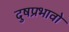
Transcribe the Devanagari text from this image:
दुषप्रभावो